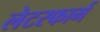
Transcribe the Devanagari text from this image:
लेटरफार्म